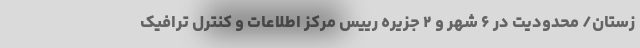
زستان/ محدودیت در ۶ شهر و ۲ جزیره رییس مرکز اطلاعات و کنترل ترافیک